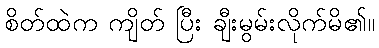
စိတ်ထဲက ကျိတ် ပြီး ချီးမွမ်းလိုက်မိ၏။